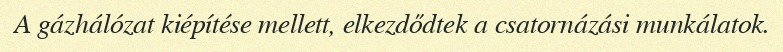
A gázhálózat kiépítése mellett, elkezdődtek a csatornázási munkálatok.